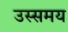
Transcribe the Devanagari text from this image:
उस्समय